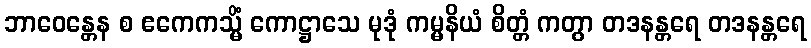
ဘာဝေန္တေန စ ဧကေကသ္မိံ ကောဋ္ဌာသေ မုဒုံ ကမ္မနိယံ စိတ္တံ ကတွာ တဒနန္တရေ တဒနန္တရေ